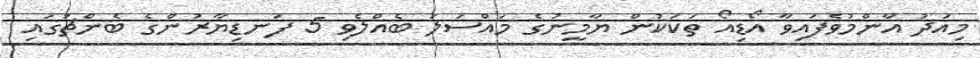
މިއަދު އާންމުވެފައިވާ އޯޑިއޯ ތަކަކުން ޔާމީނުގެ މައްސަލަ ބެއްލެވި 5 ފަނޑިޔާރުންގެ ބެންޗުގައި